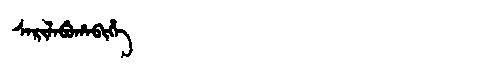
Manchu: ᠰᠠᡵᡳᠯᠠᠪᡠᡥᠠᠪᡳᡥᡝ
Romanization: SARILABUHABIHE